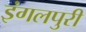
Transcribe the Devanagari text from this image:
इंगलपुरी